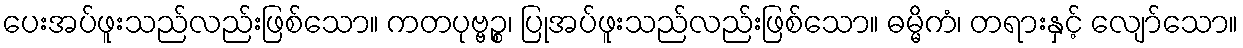
ပေးအပ်ဖူးသည်လည်းဖြစ်သော။ ကတပုဗ္ဗဉ္စ၊ ပြုအပ်ဖူးသည်လည်းဖြစ်သော။ ဓမ္မိကံ၊ တရားနှင့် လျော်သော။